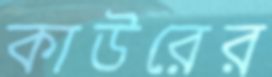
কাউরের